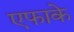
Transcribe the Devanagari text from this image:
एफाके